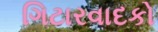
ગિટારવાદકો